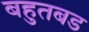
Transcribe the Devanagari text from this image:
बहुतबड